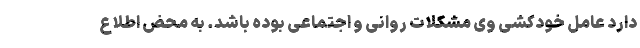
دارد عامل خودکشی وی مشکلات روانی و اجتماعی بوده باشد. به محض اطلاع